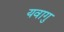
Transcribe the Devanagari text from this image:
यवागु